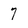
Character: 7